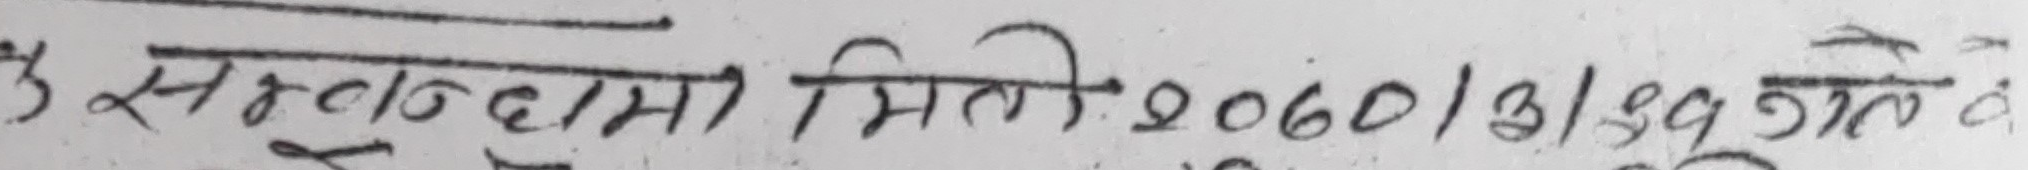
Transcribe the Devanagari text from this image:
३ सरलाकामी मिती २०६०।३।१५ गते दे